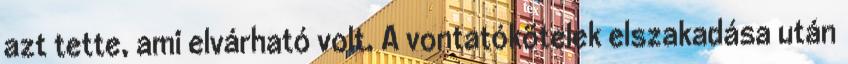
azt tette, ami elvárható volt. A vontatókötelek elszakadása után